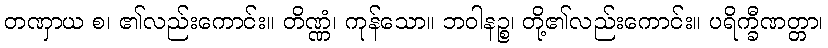
တဏှာယ စ၊ ၏လည်းကောင်း။ တိဏ္ဏံ၊ ကုန်သော။ ဘဝါနဉ္စ၊ တို့၏လည်းကောင်း။ ပရိက္ခီဏတ္တာ၊